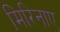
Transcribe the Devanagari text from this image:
मिरिनाए